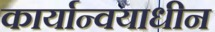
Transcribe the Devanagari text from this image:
कार्यान्वयाधीन